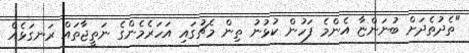
"ތެދުތެދަށް ބުނަންޏާ އެންމެ ފަހުން ކުޅުނު ތިން މެޗުގައި އަހަރެމެންގެ ނަތީޖާތައް ރަނގަޅެއް